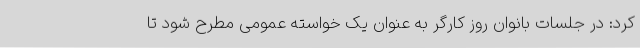
کرد: در جلسات بانوان روز کارگر به عنوان یک خواسته عمومی مطرح شود تا